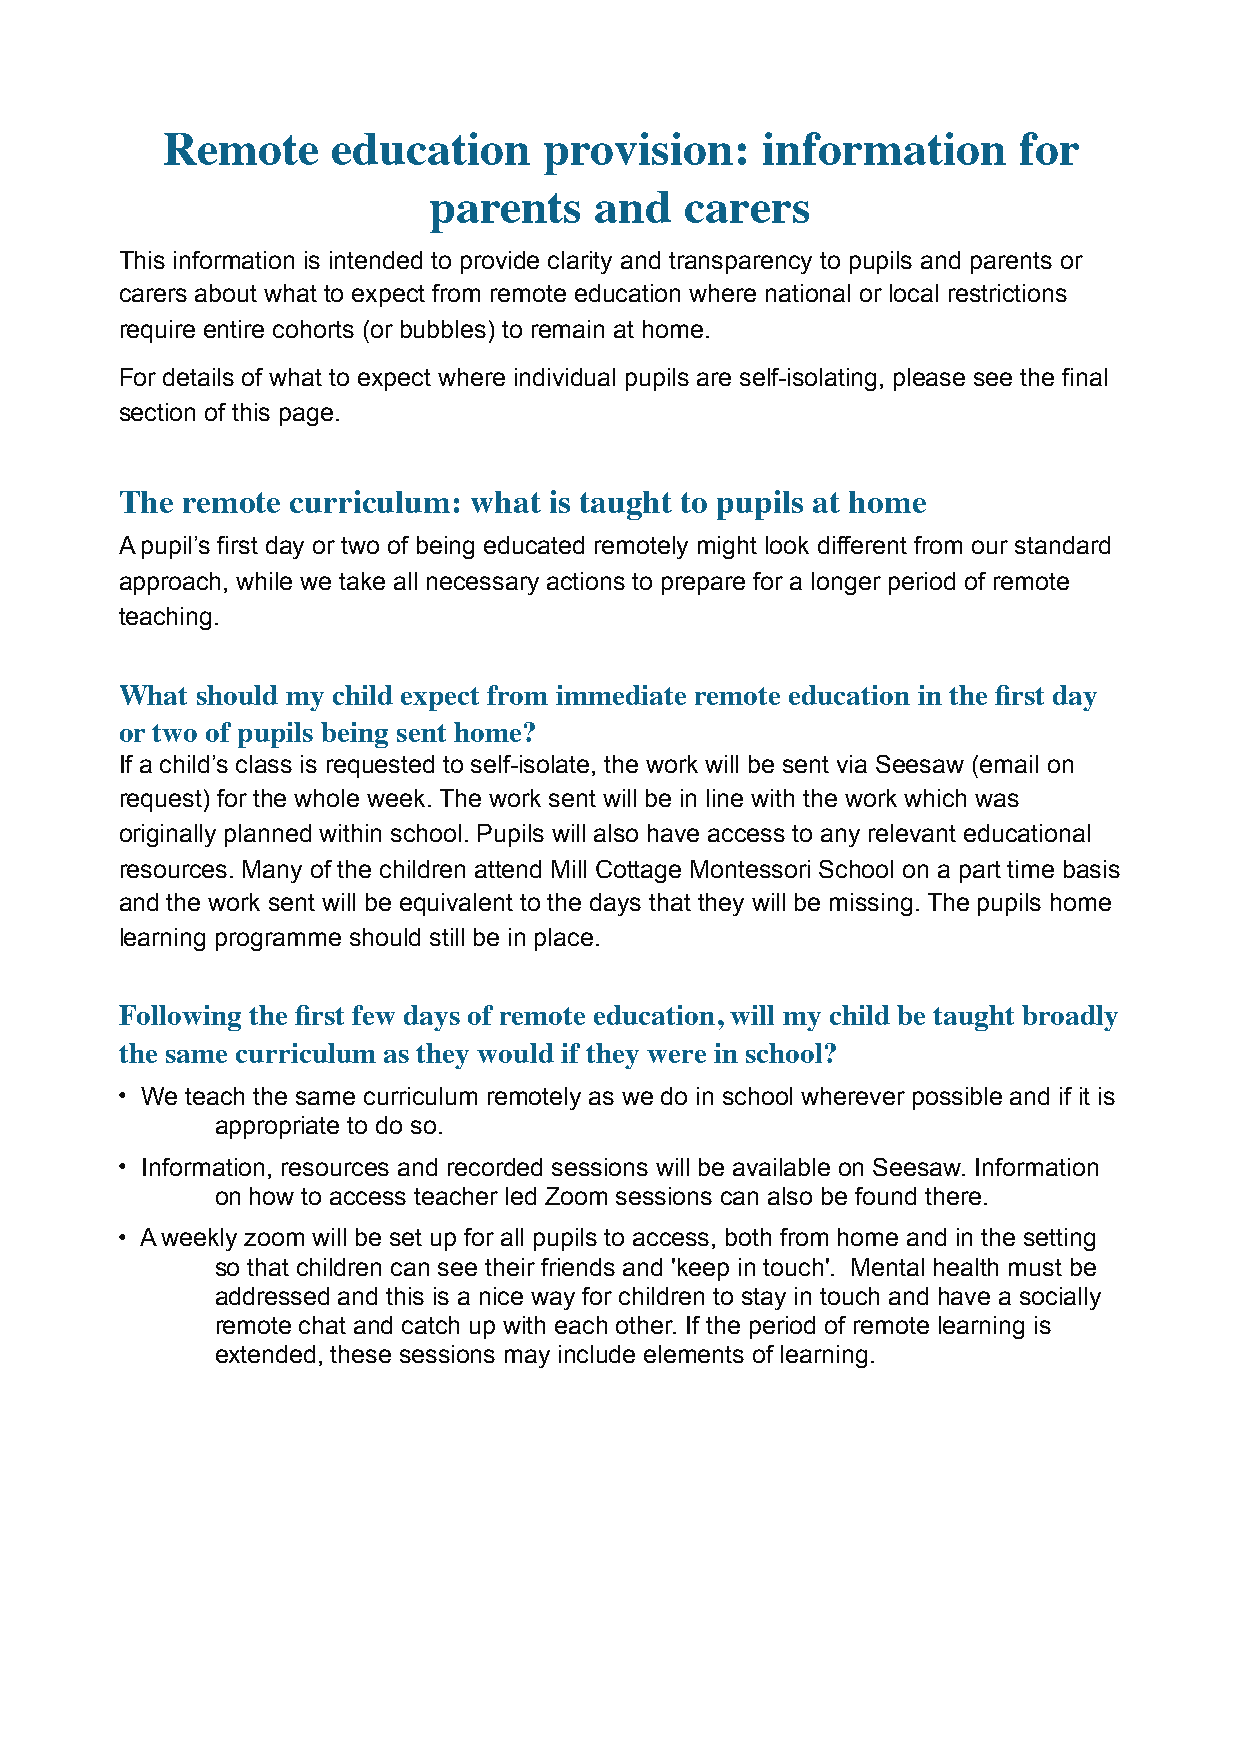
Remote     education     provision:    information      for
 parents    and   carers
 This information is intended to provide clarity and transparency to pupils and parents or
 carers about what to expect from remote education where national or local restrictions
 require entire cohorts (or bubbles) to remain at home.
 For details of what to expect where individual pupils are self-isolating, please see the final
 section of this page.
 The remote curriculum: what is taught to pupils at home
 A pupil’s first day or two of being educated remotely might look different from our standard
 approach, while we take all necessary actions to prepare for a longer period of remote
 teaching.
 What should my child expect from immediate remote education in the first day
 or two of pupils being sent home?
 If a child’s class is requested to self-isolate, the work will be sent via Seesaw (email on
 request) for the whole week. The work sent will be in line with the work which was
 originally planned within school. Pupils will also have access to any relevant educational
 resources. Many of the children attend Mill Cottage Montessori School on a part time basis
 and the work sent will be equivalent to the days that they will be missing. The pupils home
 learning programme should still be in place.
 Following the first few days of remote education, will my child be taught broadly
 the same curriculum as they would if they were in school?
 • We teach the same curriculum remotely as we do in school wherever possible and if it is
 appropriate to do so.
 • Information, resources and recorded sessions will be available on Seesaw. Information
 on how to access teacher led Zoom sessions can also be found there.
 • A weekly zoom will be set up for all pupils to access, both from home and in the setting
 so that children can see their friends and 'keep in touch'. Mental health must be
 addressed and this is a nice way for children to stay in touch and have a socially
 remote chat and catch up with each other. If the period of remote learning is
 extended, these sessions may include elements of learning.